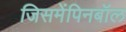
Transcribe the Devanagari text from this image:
जिसमेंपिनबॉल